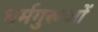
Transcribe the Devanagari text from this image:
धर्मगुरूओं